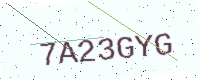
Text: 7A23GYG